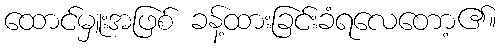
ထောင်မှူးအဖြစ် ခန့်ထားခြင်းခံရလေတော့၏။